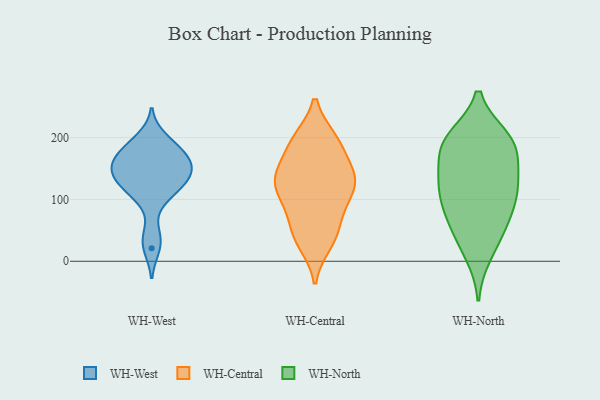
{"axis": {"x": "Production Output", "y": "Value"}, "legend": ["WH-Central", "WH-North", "WH-West"], "data": [{"x": "", "y": 143, "type": "WH-West"}, {"x": "", "y": 129, "type": "WH-West"}, {"x": "", "y": 107, "type": "WH-West"}, {"x": "", "y": 199, "type": "WH-West"}, {"x": "", "y": 137, "type": "WH-West"}, {"x": "", "y": 163, "type": "WH-West"}, {"x": "", "y": 149, "type": "WH-West"}, {"x": "", "y": 107, "type": "WH-West"}, {"x": "", "y": 166, "type": "WH-West"}, {"x": "", "y": 186, "type": "WH-West"}, {"x": "", "y": 179, "type": "WH-West"}, {"x": "", "y": 21, "type": "WH-West"}, {"x": "", "y": 160, "type": "WH-West"}, {"x": "", "y": 42, "type": "WH-West"}, {"x": "", "y": 130, "type": "WH-West"}, {"x": "", "y": 80, "type": "WH-Central"}, {"x": "", "y": 150, "type": "WH-Central"}, {"x": "", "y": 119, "type": "WH-Central"}, {"x": "", "y": 53, "type": "WH-Central"}, {"x": "", "y": 146, "type": "WH-Central"}, {"x": "", "y": 29, "type": "WH-Central"}, {"x": "", "y": 117, "type": "WH-Central"}, {"x": "", "y": 194, "type": "WH-Central"}, {"x": "", "y": 39, "type": "WH-Central"}, {"x": "", "y": 197, "type": "WH-Central"}, {"x": "", "y": 129, "type": "WH-Central"}, {"x": "", "y": 194, "type": "WH-Central"}, {"x": "", "y": 138, "type": "WH-Central"}, {"x": "", "y": 96, "type": "WH-Central"}, {"x": "", "y": 12, "type": "WH-North"}, {"x": "", "y": 82, "type": "WH-North"}, {"x": "", "y": 118, "type": "WH-North"}, {"x": "", "y": 191, "type": "WH-North"}, {"x": "", "y": 103, "type": "WH-North"}, {"x": "", "y": 185, "type": "WH-North"}, {"x": "", "y": 199, "type": "WH-North"}, {"x": "", "y": 129, "type": "WH-North"}, {"x": "", "y": 134, "type": "WH-North"}, {"x": "", "y": 195, "type": "WH-North"}, {"x": "", "y": 85, "type": "WH-North"}, {"x": "", "y": 191, "type": "WH-North"}, {"x": "", "y": 41, "type": "WH-North"}, {"x": "", "y": 53, "type": "WH-North"}, {"x": "", "y": 146, "type": "WH-North"}]}